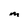
Character: M